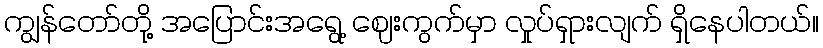
ကျွန်တော်တို့ အပြောင်းအရွေ့ ဈေးကွက်မှာ လှုပ်ရှားလျက် ရှိနေပါတယ်။